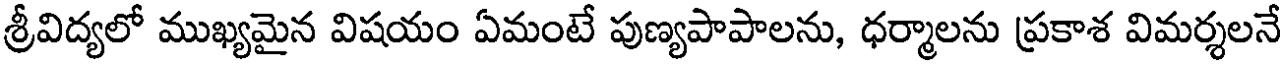
శ్రీవిద్యలో ముఖ్యమైన విషయం ఏమంటే పుణ్యపాపాలను, ధర్మాలను ప్రకాశ విమర్శలనే